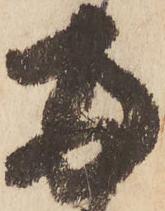
両